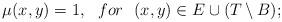
LaTeX: \begin{align*}\mu(x,y)=1, \ \ for \ \ (x,y) \in E \cup (T \setminus B);\end{align*}